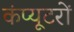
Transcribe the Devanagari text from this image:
कंप्‍यूटरों